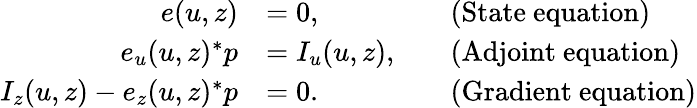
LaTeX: \begin{array}{rlrl}{e(u,z)}&{=0,}&&{\mathrm{(State~equation)}}\\ {e_{u}(u,z)^{*}p}&{=I_{u}(u,z),}&&{\mathrm{(Adjoint~equation)}}\\ {I_{z}(u,z)-e_{z}(u,z)^{*}p}&{=0.}&&{\mathrm{(Gradient~equation)}}\end{array}